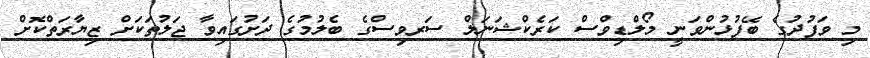
މި ވަފުދުގެ ބޭފުޅުންވަނީ މޯލްޑިވްސް ކަރެކްޝަނަލް ސަރވިސްގެ ބެލުމުގެ ދަށުގައިވާ ޖަލުތަކަށް ޒިޔާރަތްކޮށް